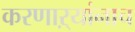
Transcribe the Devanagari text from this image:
करणाऱ्यांनाच